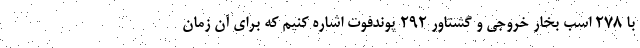
با 278 اسب بخار خروجی و گشتاور 292 پوندفوت اشاره کنیم که برای آن زمان